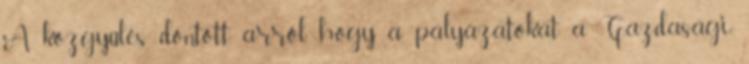
A közgyűlés döntött arról, hogy a pályázatokat a Gazdasági